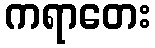
ကရာတေး